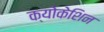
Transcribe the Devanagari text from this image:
क्योकेशिन